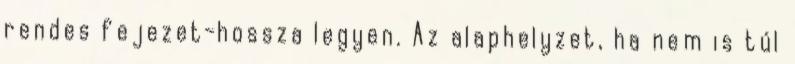
rendes fejezet-hossza legyen. Az alaphelyzet, ha nem is túl